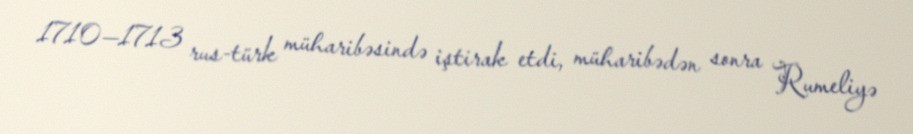
1710—1713 rus-türk müharibəsində iştirak etdi, müharibədən sonra Rumeliyə